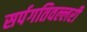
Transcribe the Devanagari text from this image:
सर्पगतिवल्लरी